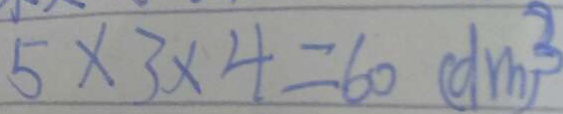
5 \times 3 \times 4 = 6 0 ( d m ) ^ { 3 }